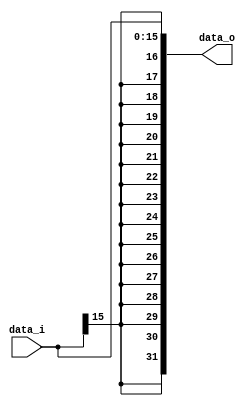
// implemented by 0016002  

module Sign_Extend(
    data_i,
    data_o
    );
               
//I/O ports
input   [16-1:0] data_i;
output  [32-1:0] data_o;

//Internal Signals
//reg     [32-1:0] data_o;

//Sign extended
assign data_o[15:0] = data_i;
assign data_o[16] = data_i[15];
assign data_o[17] = data_i[15];
assign data_o[18] = data_i[15];
assign data_o[19] = data_i[15];
assign data_o[20] = data_i[15];
assign data_o[21] = data_i[15];
assign data_o[22] = data_i[15];
assign data_o[23] = data_i[15];
assign data_o[24] = data_i[15];
assign data_o[25] = data_i[15];
assign data_o[26] = data_i[15];
assign data_o[27] = data_i[15];
assign data_o[28] = data_i[15];
assign data_o[29] = data_i[15];
assign data_o[30] = data_i[15];
assign data_o[31] = data_i[15];

endmodule